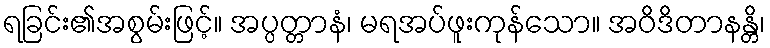
ရခြင်း၏အစွမ်းဖြင့်။ အပ္ပတ္တာနံ၊ မရအပ်ဖူးကုန်သော။ အဝိဒိတာနန္တိ၊